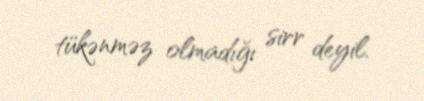
tükənməz olmadığı sirr deyil.